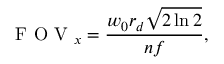
\ensuremath { \mathrm { ~ F ~ O ~ V ~ } } _ { x } = \frac { w _ { 0 } r _ { d } \sqrt { 2 \ln 2 } } { n f } ,